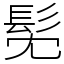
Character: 髧